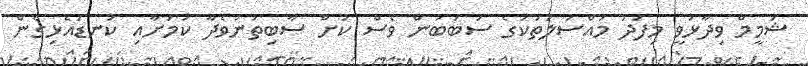
ޝަމީމް ވިދާޅުވީ މިފަދަ މައްސަލަތަކުގެ ސަބަބުން ވެސް ކުށް ސާބިތުނުވެދާ ކަމަށާއި ކަނޑައެޅިގެން